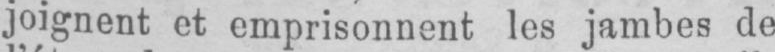
joignent et emprisonnent les jambes de